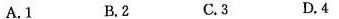
A. 1 B. 2 C. 3 D. 4